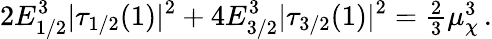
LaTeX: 2E_{1/2}^{3}|\tau_{1/2}(1)|^{2}+4E_{3/2}^{3}|\tau_{3/2}(1)|^{2}=\textstyle{\frac{2}{3}}\mu_{\chi}^{3}\, .